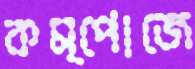
কম্পোজে